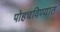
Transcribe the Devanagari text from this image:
पोहचविण्यात